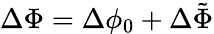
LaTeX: \Delta\Phi=\Delta\phi_{0}+\Delta\tilde{\Phi}